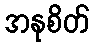
အနုစိတ်